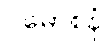
ပမောစနံ